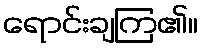
ရောင်းချကြ၏။